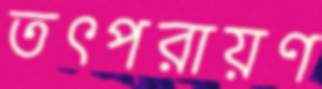
তৎপরায়ণ